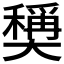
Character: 𡚕